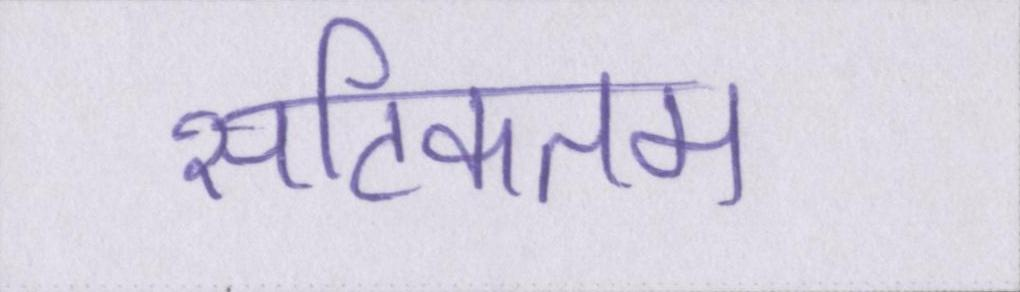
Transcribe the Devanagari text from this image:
सटिकतम